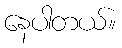
နေပါတယ်။